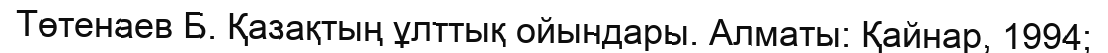
Төтенаев Б. Қазақтың ұлттық ойындары. Алматы: Қайнар, 1994;